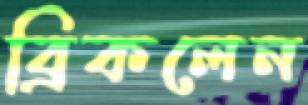
ব্রিকলেন